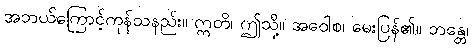
အဘယ်ကြောင့်ကုန်သနည်း။ ဣတိ၊ ဤသို့။ အဝေါစ၊ မေးပြန်၏။ ဘန္တေ၊